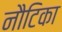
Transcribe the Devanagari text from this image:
नौटिका